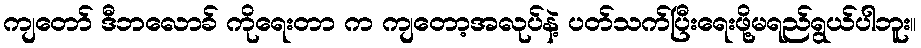
ကျတော် ဒီဘလောခ် ကိုရေးတာ က ကျတော့အလုပ်နဲ့ ပတ်သက်ပြီးရေးဖို့မရည်ရွယ်ပါဘူး။